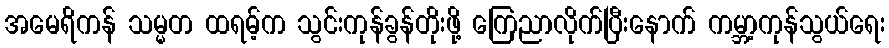
အမေရိကန် သမ္မတ ထရမ့်က သွင်းကုန်ခွန်တိုးဖို့ ကြေညာလိုက်ပြီးနောက် ကမ္ဘာ့ကုန်သွယ်ရေး